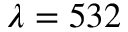
\lambda = 5 3 2